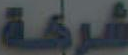
شركة